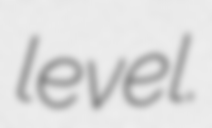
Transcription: level.